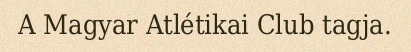
A Magyar Atlétikai Club tagja.